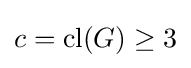
c=\mathrm {cl} (G)\geq 3